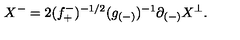
X ^ { - } = 2 ( f _ { + } ^ { - } ) ^ { - 1 / 2 } ( g _ { ( - ) } ) ^ { - 1 } \partial _ { ( - ) } X ^ { \perp } .